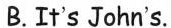
B.It's John's.